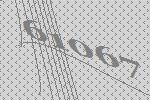
61067